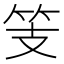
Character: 𱷲